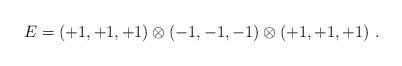
LaTeX: \begin{align*}E=(+1, +1, +1) \otimes (-1, -1, -1) \otimes (+1, +1, +1)~.~\,\end{align*}